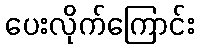
ပေးလိုက်ကြောင်း